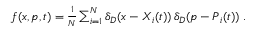
\begin{array} { r } { f ( \ensuremath { \boldsymbol { x } } , \ensuremath { \boldsymbol { p } } , t ) = \frac { 1 } { N } \sum _ { i = 1 } ^ { N } \delta _ { D } ( \ensuremath { \boldsymbol { x } } - \ensuremath { \boldsymbol { X } } _ { i } ( t ) ) \, \delta _ { D } ( \ensuremath { \boldsymbol { p } } - \ensuremath { \boldsymbol { P } } _ { i } ( t ) ) \; . } \end{array}